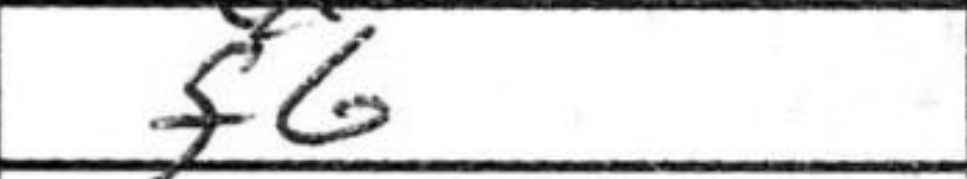
Transcription: f6